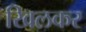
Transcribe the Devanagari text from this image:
खिलकर